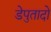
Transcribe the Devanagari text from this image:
डेपुतादो